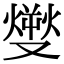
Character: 𤎬